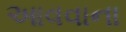
આવવાના